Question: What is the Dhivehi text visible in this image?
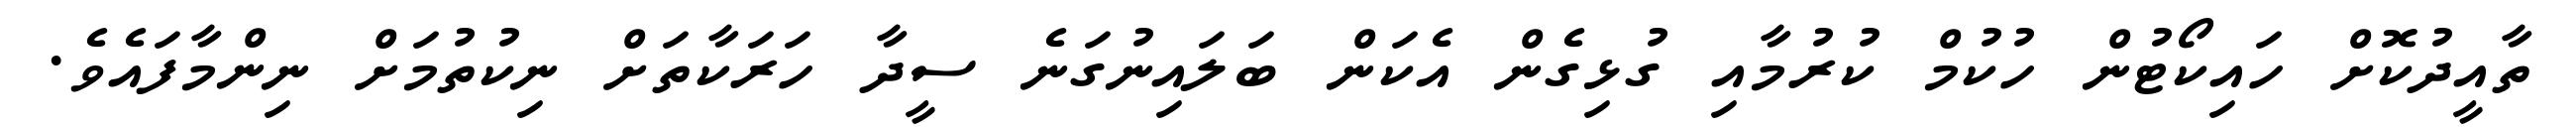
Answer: ތާއީދުކޮށް ހައިކޯޓުން ހުކުމް ކުރުމާއި ގުޅިގެން އެކަން ބަލައިނުގަނެ ސީދާ ހަރަކާތަށް ނިކުތުމަށް ނިންމާފައެވެ.